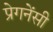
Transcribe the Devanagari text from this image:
प्रेगनेंसी